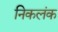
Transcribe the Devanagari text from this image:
निकलंक